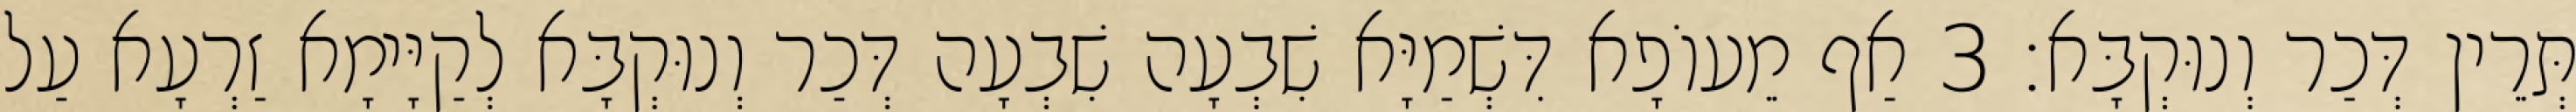
תְּרֵין דְּכַר וְנוּקְבָּא׃ 3 אַף מֵעוֹפָא דִּשְׁמַיָּא שִׁבְעָה שִׁבְעָה דְּכַר וְנוּקְבָּא לְקַיָּימָא זַרְעָא עַל